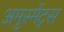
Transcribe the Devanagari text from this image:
अमुस्मेंट्स